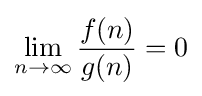
\lim _{n\to \infty }{\frac {f(n)}{g(n)}}=0